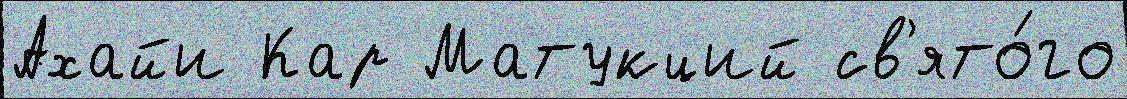
Ахайи Кар Матукций св'ято́го